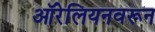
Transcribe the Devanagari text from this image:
ऑरेलियनवरून